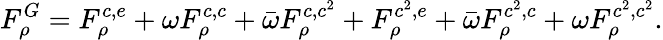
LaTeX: F_{\rho}^{G}=F_{\rho}^{c,e}+\omega F_{\rho}^{c,c}+\bar{\omega}F_{\rho}^{c,c^{2}}+F_{\rho}^{c^{2},e}+\bar{\omega}F_{\rho}^{c^{2},c}+\omega F_{\rho}^{c^{2},c^{2}}.